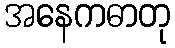
အနေကဓာတု